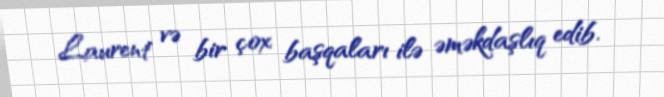
Laurent və bir çox başqaları ilə əməkdaşlıq edib.